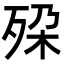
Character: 𬆔